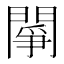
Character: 䦛